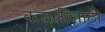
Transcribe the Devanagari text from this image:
कत्तलींसाठी